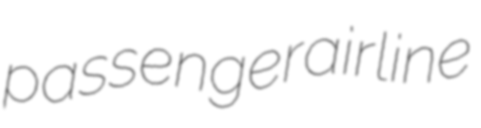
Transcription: passenger airline